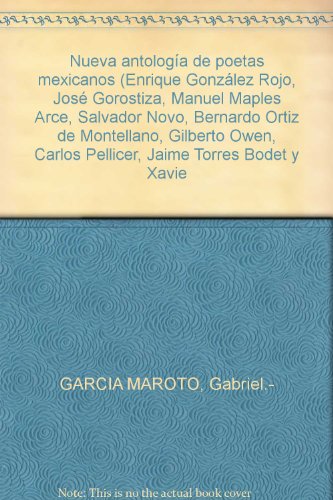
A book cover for Nueva antologÃ­a de poetas mexicanos (Enrique GonzÃ¡lez Rojo, JosÃ© Gorostiza, Manuel Maples Arce, Salvador Novo, Bernardo Ortiz de Montellano, Gilberto Owen, Carlos Pellicer, Jaime Torres Bodet y Xavie; Travel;